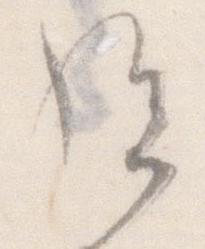
給